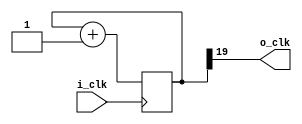
module Vr_ClockDivider #(parameter DIV = 20) (
    input   i_clk,
    output  o_clk
    //input   i_rst,
    //output  o_nrst
);
// if i_clk = 50Mhz -> o_clk = i_clk / 2^DIV =(approx) 50Hz if DIV = 20.

  reg [DIV-1:0] counter = 0;

  always @(posedge i_clk) begin
    counter <= counter + 1;
  end

  assign o_clk = counter[DIV-1];
endmodule